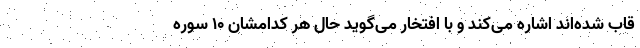
قاب شده‌اند اشاره می‌کند و با افتخار می‌گوید حال هر کدامشان ۱۰ سوره